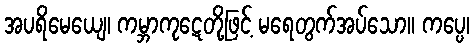
အပရိမေယျေ၊ ကမ္ဘာကုဋေတို့ဖြင့် မရေတွက်အပ်သော။ ကပ္ပေ၊